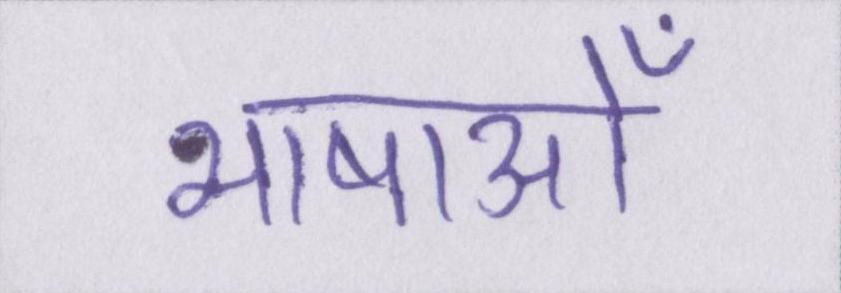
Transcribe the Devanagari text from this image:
भाषाओँ